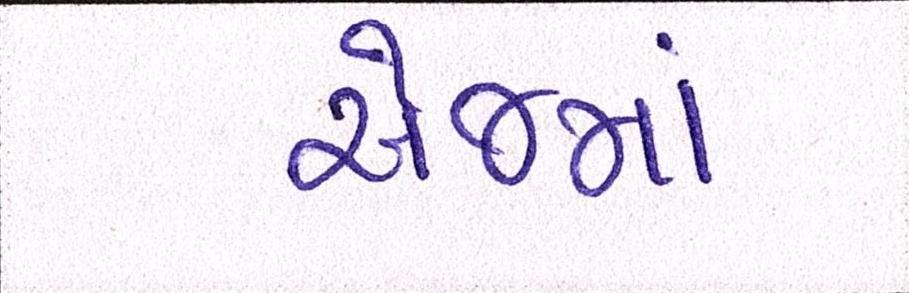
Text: એજમાં